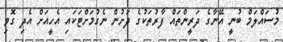
މުސައްލަމް ބުނީ އޭނާގެ ދަރީންތައް ފާރުތަކުގެ ދަށުން ނެގުމަށްޓަކައި އެހީއަށް އެދި ގޮވި